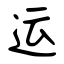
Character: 运